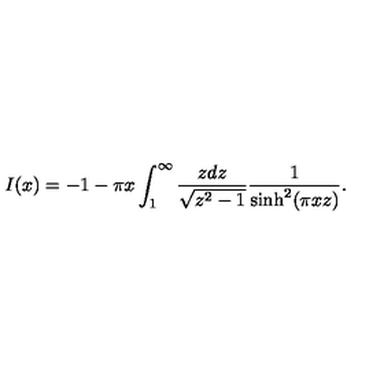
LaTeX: I ( x ) = - 1 - \pi x \int _ { 1 } ^ { \infty } \frac { z d z } { \sqrt { z ^ { 2 } - 1 } } \frac { 1 } { \sinh ^ { 2 } ( \pi x z ) } .